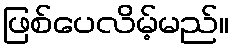
ဖြစ်ပေလိမ့်မည်။